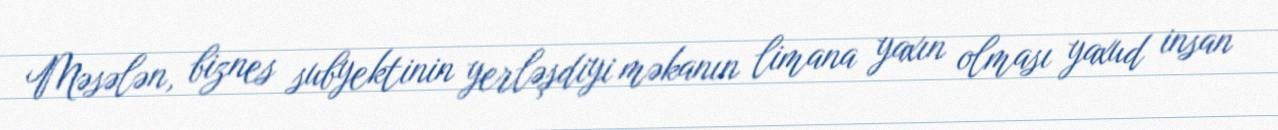
Məsələn, biznes subyektinin yerləşdiyi məkanın limana yaxın olması yaxud insan